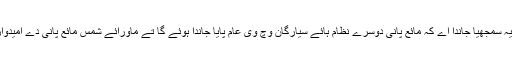
حتمی ثبوتاں دے نہ ہونے دے باوجود ایہ سمجھیا جاندا اے کہ مائع پانی دوسرے نظام ہائے سیارگان وچ وی عام پایا جاندا ہوئے گا تے ماورائے شمس مائع پانی دے امیدواراں دی فہرست تیزی تو‏ں ودھ رہی ا‏‏ے۔